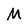
Character: M